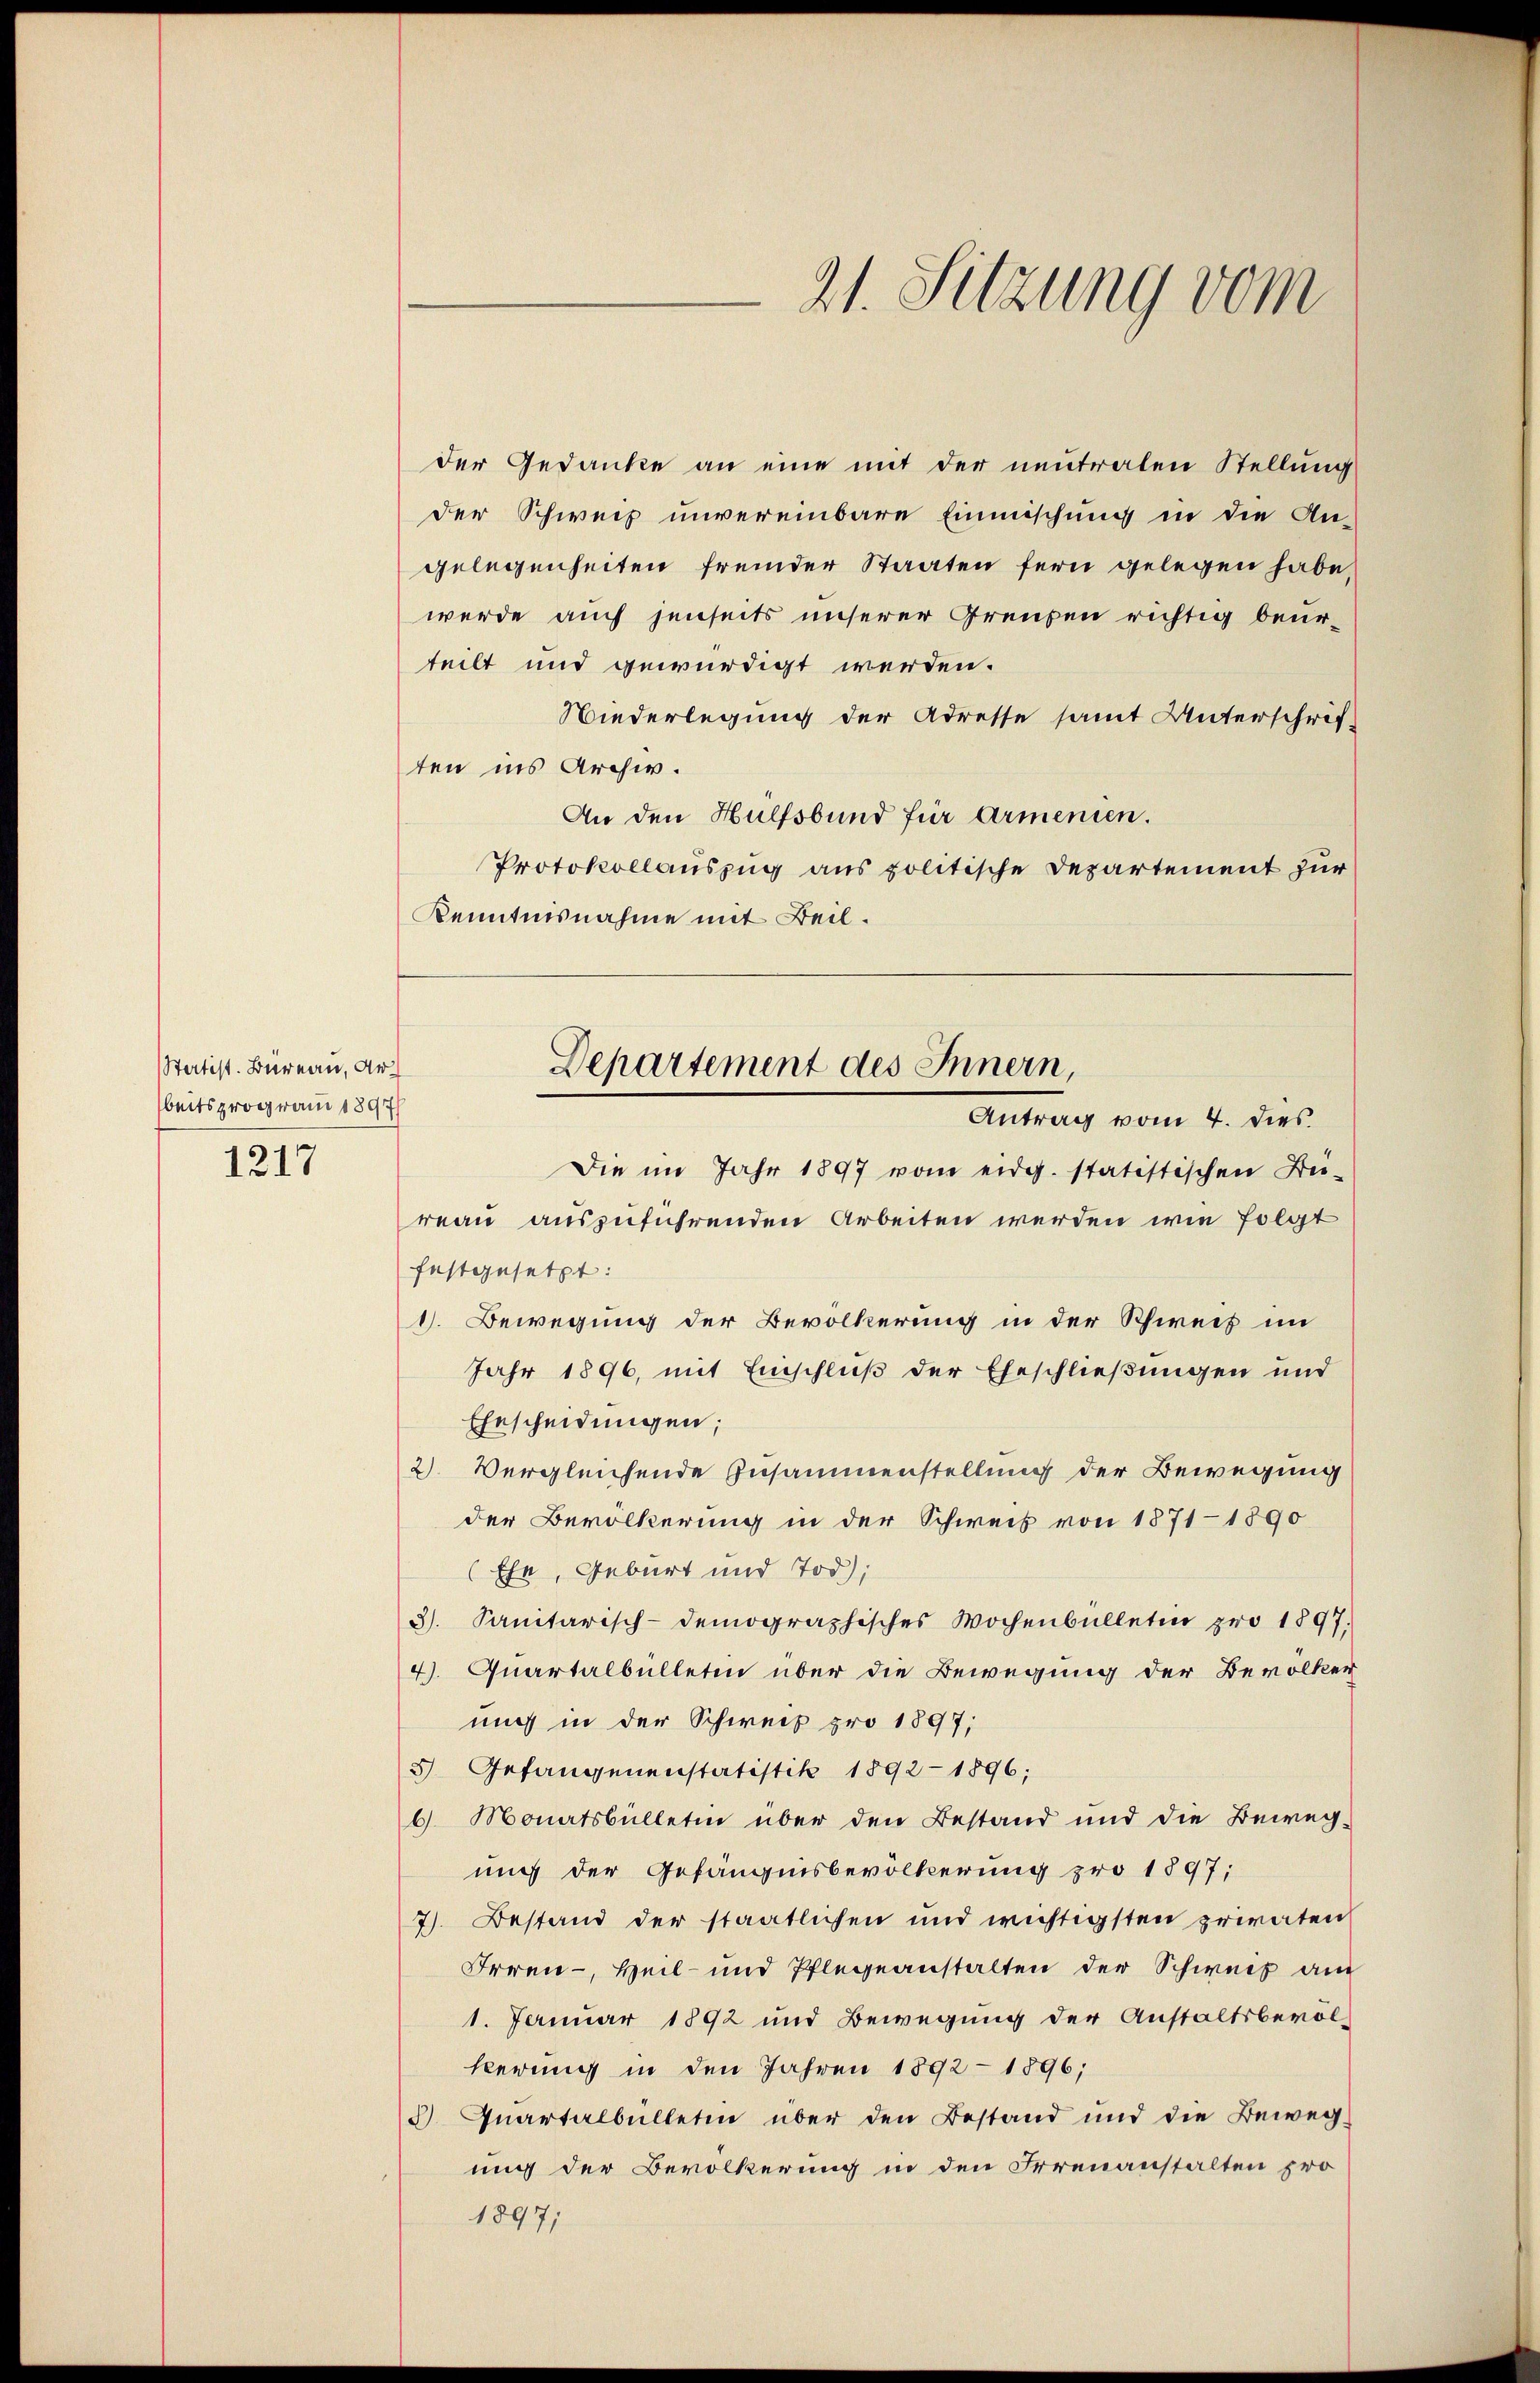
Statist. Bureau, Arbeitsprogram 1897/
1217

der Gedanke an eine mit der neutralen Stellung
der Schweiz unvereinbare Einmischung in die An-
gelegenheiten fremder Staaten fern gelegen habe,
werde auch jenseits unserer Greuzen richtig beurteilt und gewürdigt werden.
Wiederlegung der Adresse samt Unterschrif-
ten ins Archiv.
An den Hülfsbund für Armenien.
Protokollauszug aus politische Departement zur
Kenntnisnahme mit Beil.

Die im Jahr 1897 vom eidg. statistischen Bü-
reau auszuführenden Arbeiten werden wie folgt
festgesetzt:
1. Bewegung der Bevölkerung in der Schweiz im
Jahr 1896, mit Einschluß der Eheschließungen und
Ehescheidungen;
2) Vergleichende Zusammenstellung der Bewegung
der Bevölkerung in der Schweiz von 1871-1890
Ehe, Geburt und Tod);
3). Sanitarisch-demographisches Wochenbülleten pro 1897.
4. Quartalbülleten über die Bewegung der Bevölker
mich in der Schweiz pro 1897;
5 Gefangenenstatistik 1892 - 1896;
6 Monatsbülletin über den Bestand und die Beweg-
uug der Gefängnisbevölkerung pro 1897;
7). Bestand der staatlichen und wichtigsten privaten
Irren - Heil- und Pflegeanstalten der Schweiz am
1. Januar 1892 und Bewegung der Anstaltsbevolkerings in den Jahren 1892 - 1896;
 Quartalbülletin über den Bestand und die Bewegung der Bevölkerung in den Irrenanstalten pro
1897;

21. Sitzung vom

Departement des Innern,
Antrag vom 4. dies